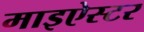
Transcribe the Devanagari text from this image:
माइऐस्टर